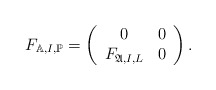
\begin{align*} F_{\mathbb{A},I,\mathbb{P}}=\left( \begin{array}{cc} 0 & 0 \\ F_{\mathfrak{A},I,L} & 0 \\ \end{array} \right).\end{align*}